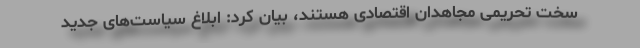
سخت تحریمی مجاهدان اقتصادی هستند، بیان کرد: ابلاغ سیاست‌های جدید